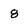
Character: 8